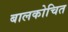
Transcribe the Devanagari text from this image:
बालकोचित